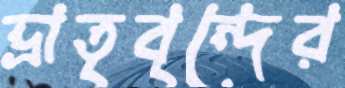
ভ্রাতৃবৃন্দের